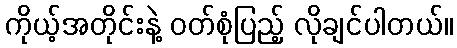
ကိုယ့်အတိုင်းနဲ့ ဝတ်စုံပြည့် လိုချင်ပါတယ်။